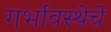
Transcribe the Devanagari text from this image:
गर्भावस्थेचे